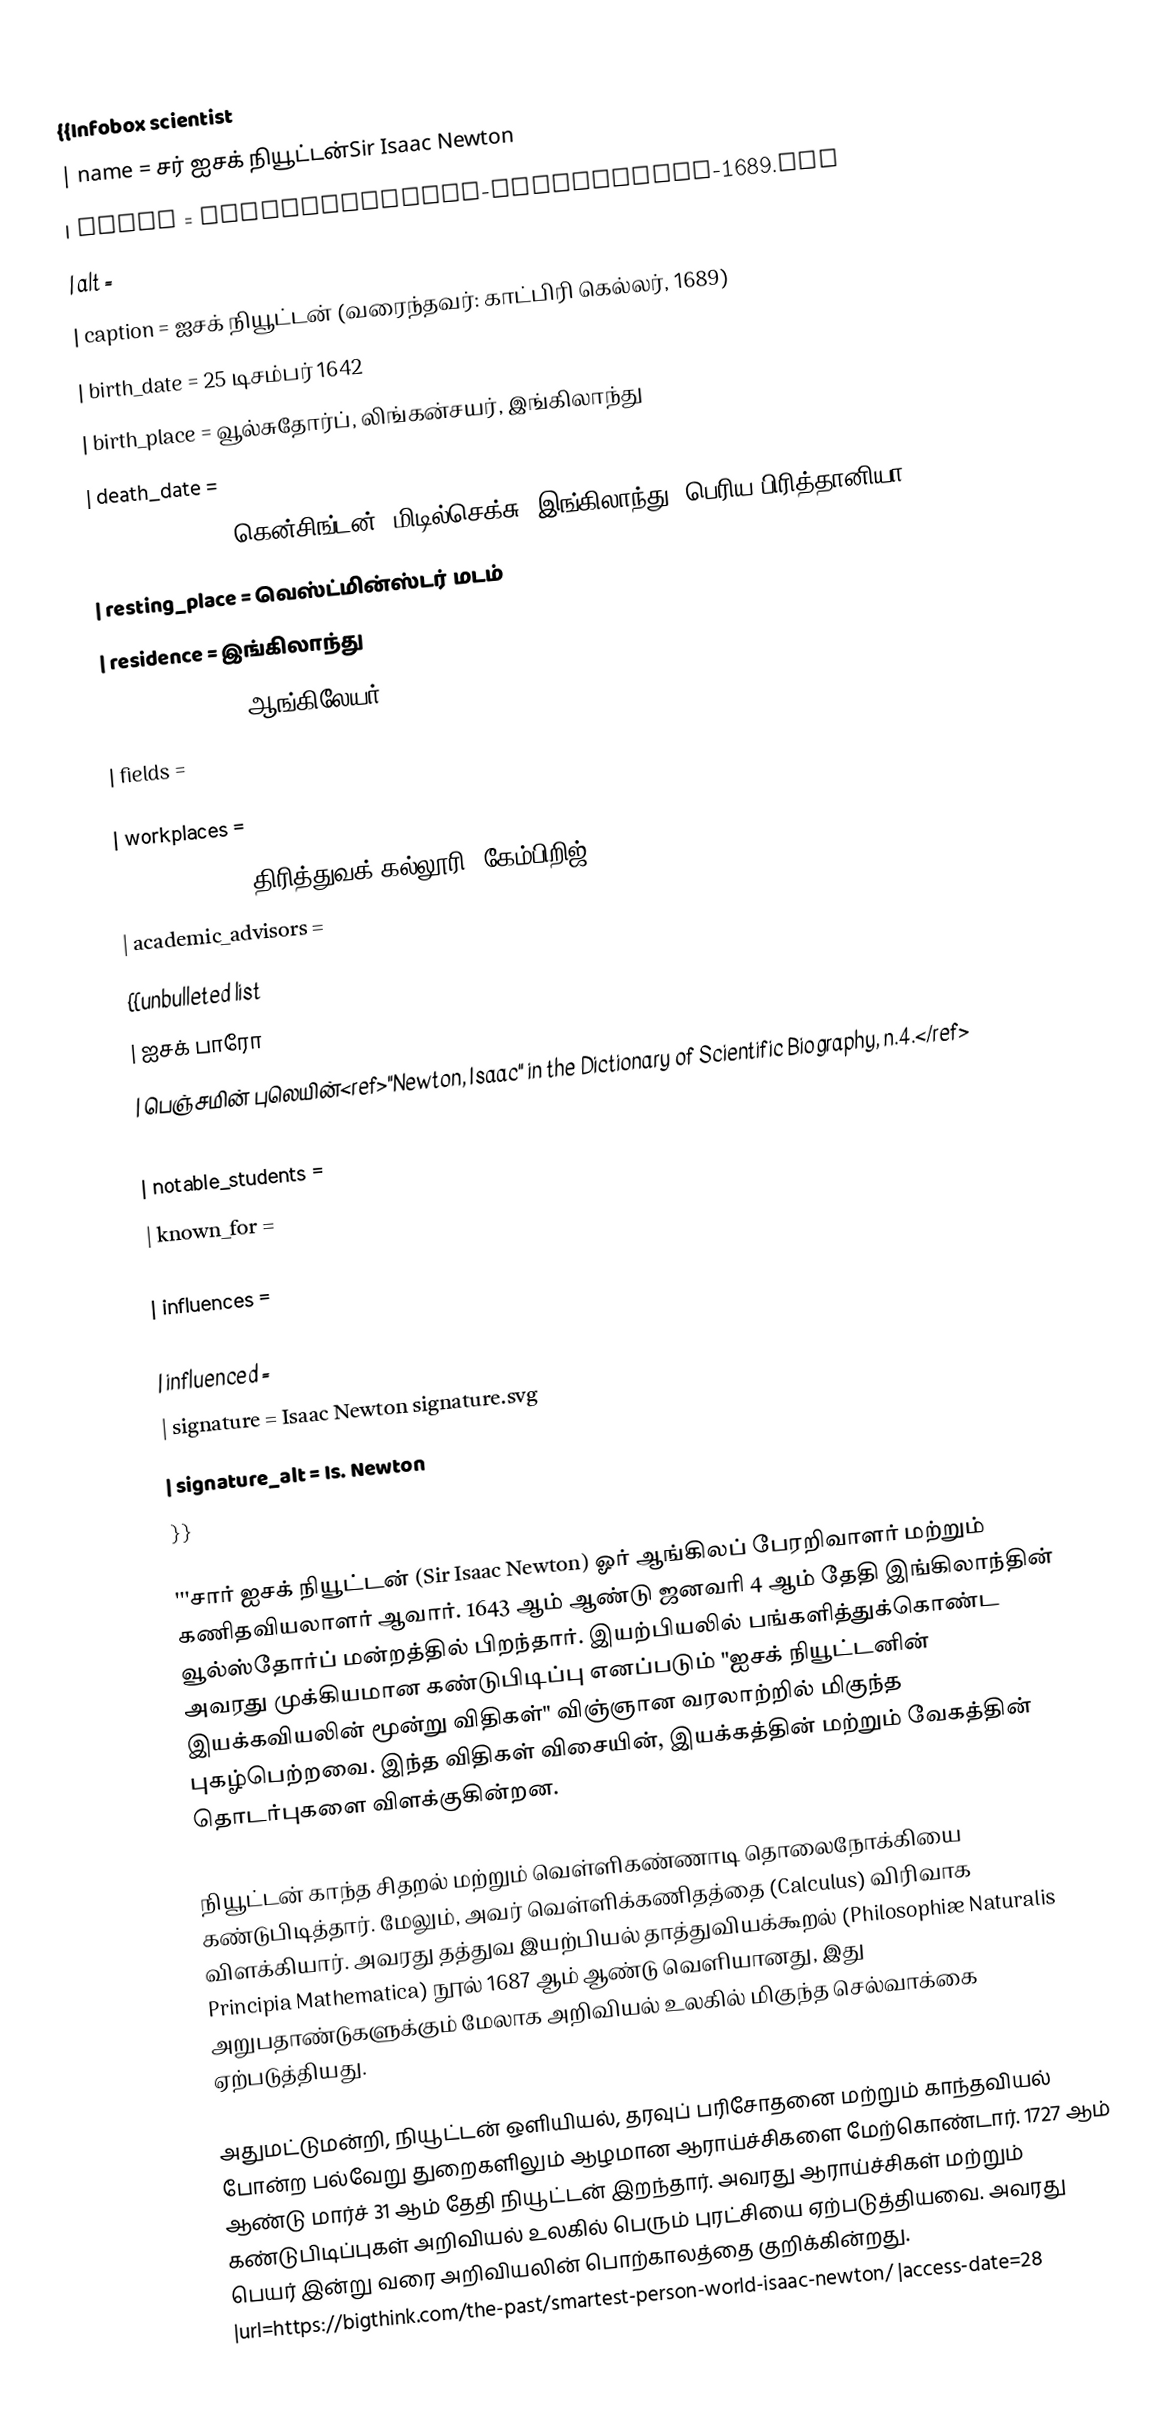
{{Infobox scientist
| name = சர் ஐசக் நியூட்டன்Sir Isaac Newton
| image = GodfreyKneller-IsaacNewton-1689.jpg
| alt =
| caption = ஐசக் நியூட்டன் (வரைந்தவர்: காட்பிரி கெல்லர், 1689)
| birth_date = 25 டிசம்பர் 1642
| birth_place = வூல்சுதோர்ப், லிங்கன்சயர், இங்கிலாந்து
| death_date =
| death_place = கென்சிங்டன், மிடில்செக்சு, இங்கிலாந்து, பெரிய பிரித்தானியா
| resting_place = வெஸ்ட்மின்ஸ்டர் மடம்
| residence = இங்கிலாந்து
| nationality = ஆங்கிலேயர்
| fields =

| workplaces =
| alma_mater = திரித்துவக் கல்லூரி, கேம்பிறிஜ்
| academic_advisors =
 {{unbulleted list
  | ஐசக் பாரோ
  | பெஞ்சமின் புலெயின்<ref>"Newton, Isaac" in the Dictionary of Scientific Biography, n.4.</ref>
 }}
| notable_students =
| known_for =

| influences =

| influenced =
| signature = Isaac Newton signature.svg
| signature_alt = Is. Newton
}}

'''சார் ஐசக் நியூட்டன் (Sir Isaac Newton) ஓர் ஆங்கிலப் பேரறிவாளர் மற்றும் கணிதவியலாளர் ஆவார். 1643 ஆம் ஆண்டு ஜனவரி 4 ஆம் தேதி இங்கிலாந்தின் வூல்ஸ்தோர்ப் மன்றத்தில் பிறந்தார். இயற்பியலில் பங்களித்துக்கொண்ட அவரது முக்கியமான கண்டுபிடிப்பு எனப்படும் "ஐசக் நியூட்டனின் இயக்கவியலின் மூன்று விதிகள்" விஞ்ஞான வரலாற்றில் மிகுந்த புகழ்பெற்றவை. இந்த விதிகள் விசையின், இயக்கத்தின் மற்றும் வேகத்தின் தொடர்புகளை விளக்குகின்றன.

நியூட்டன் காந்த சிதறல் மற்றும் வெள்ளிகண்ணாடி தொலைநோக்கியை கண்டுபிடித்தார். மேலும், அவர் வெள்ளிக்கணிதத்தை (Calculus) விரிவாக விளக்கியார். அவரது தத்துவ இயற்பியல் தாத்துவியக்கூறல் (Philosophiæ Naturalis Principia Mathematica) நூல் 1687 ஆம் ஆண்டு வெளியானது, இது அறுபதாண்டுகளுக்கும் மேலாக அறிவியல் உலகில் மிகுந்த செல்வாக்கை ஏற்படுத்தியது.

அதுமட்டுமன்றி, நியூட்டன் ஒளியியல், தரவுப் பரிசோதனை மற்றும் காந்தவியல் போன்ற பல்வேறு துறைகளிலும் ஆழமான ஆராய்ச்சிகளை மேற்கொண்டார். 1727 ஆம் ஆண்டு மார்ச் 31 ஆம் தேதி நியூட்டன் இறந்தார். அவரது ஆராய்ச்சிகள் மற்றும் கண்டுபிடிப்புகள் அறிவியல் உலகில் பெரும் புரட்சியை ஏற்படுத்தியவை. அவரது பெயர் இன்று வரை அறிவியலின் பொற்காலத்தை குறிக்கின்றது. |url=https://bigthink.com/the-past/smartest-person-world-isaac-newton/ |access-date=28